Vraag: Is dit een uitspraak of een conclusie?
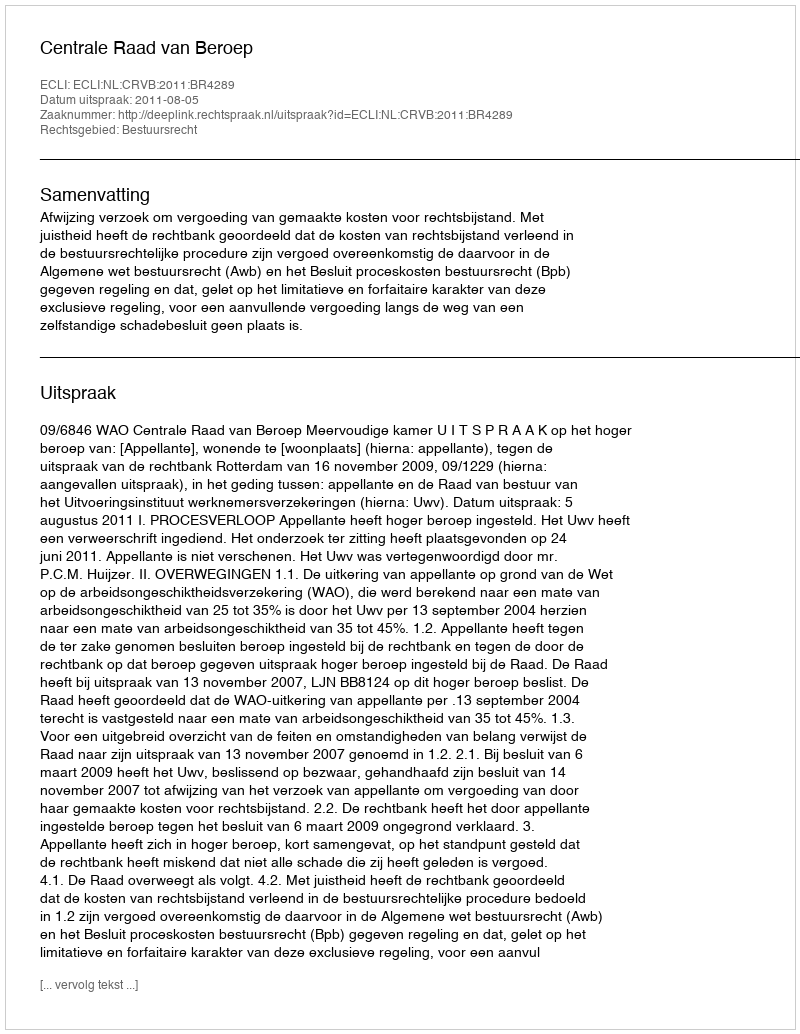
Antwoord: Uitspraak